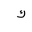
Letter: _kaf